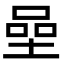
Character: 𡍸